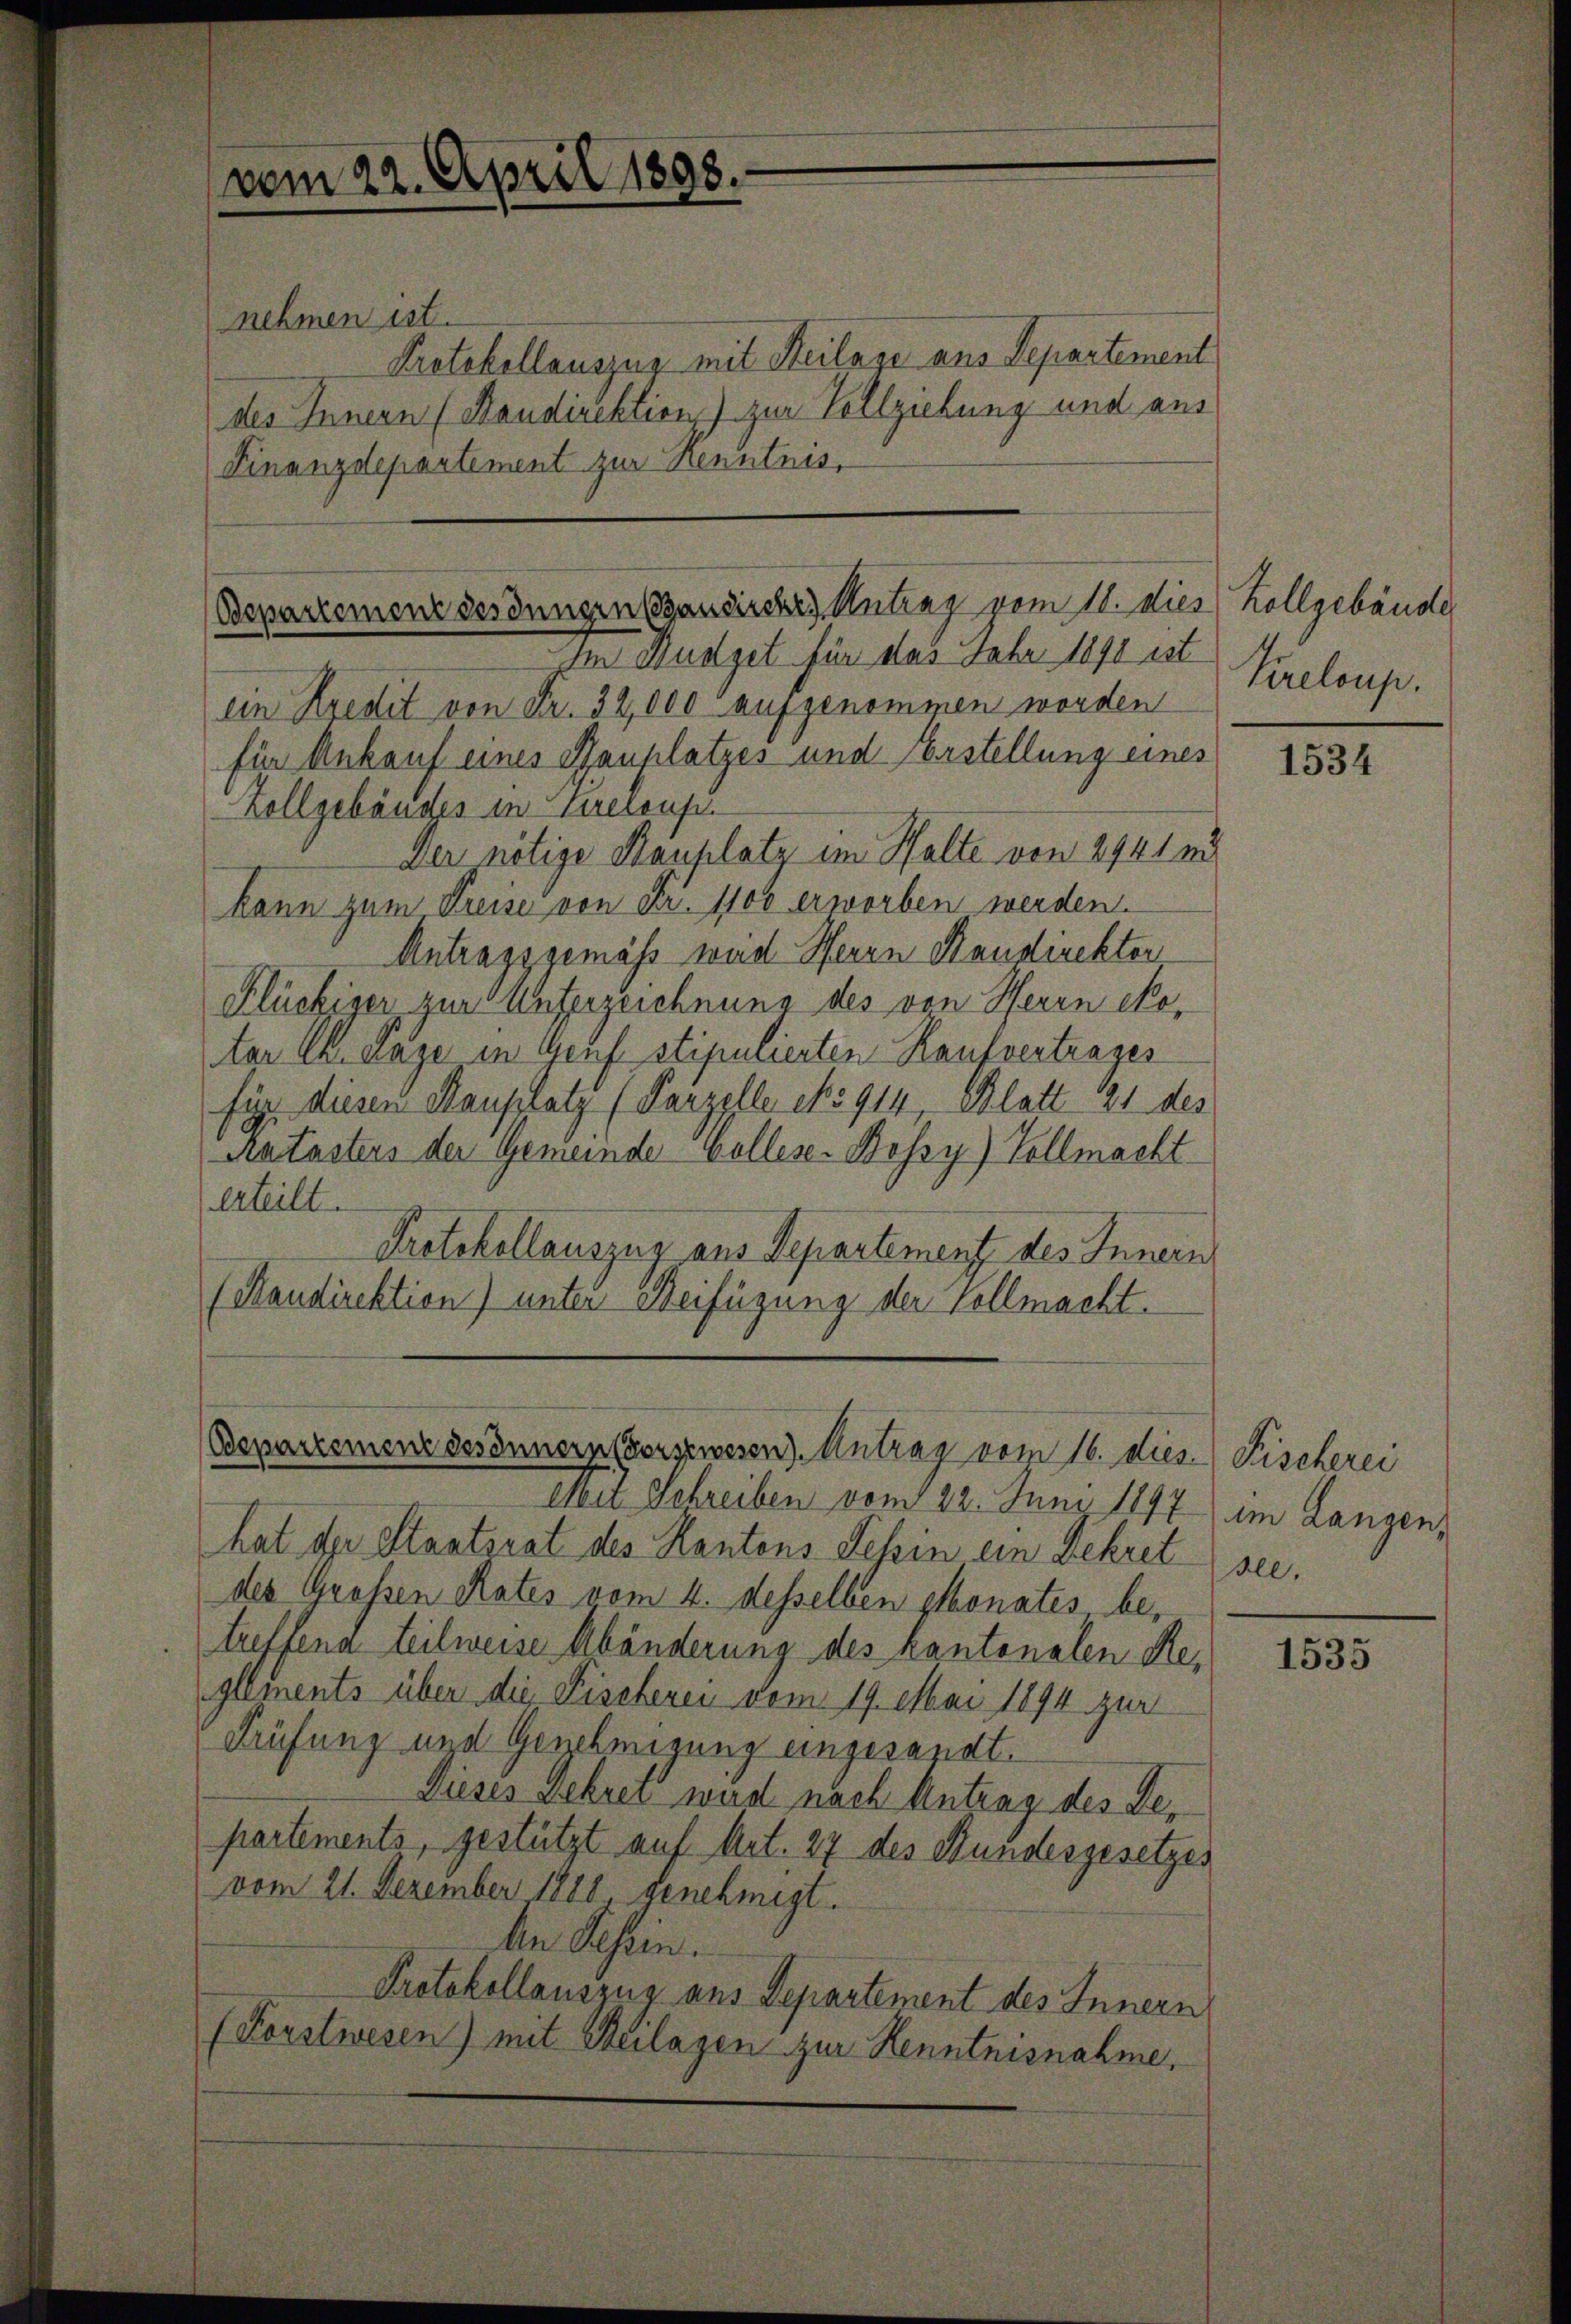
vom 22. April 1898

nehmen ist.
Protokollauszug mit Heilage aus Separtement
des Innern (Maudirektion) zur Vollziehung und aus
Finanzdepartement zur Kenntnis,

Im Budget für das Febr 1890 ist
ein Kredit von Fr. 32,000 aufgenommen worden
für Ankauf eines Bauplatzes und Erstellung eines
Zollgebäudes in hieraus.
Der nötige Bauplatz im Halte von 2941 n
kann zum Preise von Fr. 1100 erworben werden.
Antragsgemäss weid Herrn Staudirekter
Flückiger zur Unterzeichnung des von Herrn Noter Ch. anze in Genf stipulierten Kaufvertrages
für diesen Mauplatz (Parzelle eo 914, Blatt 21 des
Ratasters der Gemeinde Wolles-Bossy) Vollmacht
Erteilt.
Protokollauszug aus Departement des Innern
(Kandirektion) unter Beifügung der Vollmacht.

(Departement des Innern Candisches Antrag vom 10. Dies

Departement des Innern Forstwesen) Antrag vom 16. dies Fischerei

Mit Schreiben vom 22. Juni 1897 im Langen,
hat der Staatsrat des Kantons Tessin ein Dekret sei.
des Großen Rates vom 4. desselben ponates betreffene teilweise Abänderung des kantonalen Reglements über die Fischerei vom 19. Mai 1894 zur
Prüfung und Genehmigung eingesandt.
Dieses gekret wird nach Antrag des Departements, gestützt auf Art. 27 des Stundesgesetzes
vom 21. Dezember 1888 genehmigt.
An Tessin.
Protokollauszug aus Departement des Innern
(Forstwesen) mit Beilagen zur Kenntnisnahme.

Kollgebäude
Kreloup.

1534

1535